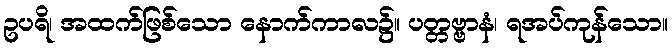
ဥပရိ၊ အထက်ဖြစ်သော နောက်ကာလ၌။ ပတ္တဗ္ဗာနံ၊ ရအပ်ကုန်သော။